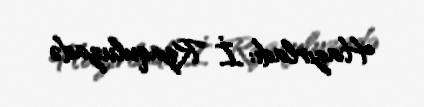
Hazırladı: İ. Rzaquluzadə